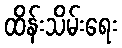
ထိန်းသိမ်းရေး